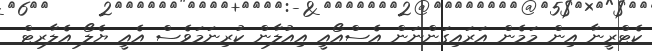
ކެޓްރީނާ އިން މަމެން އަރައިގަންނަން އެސްއޯއީ އިއުލާން ކުރިނަމަވެސް އެއީ ޔެލޯ އެލާރޓް